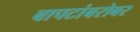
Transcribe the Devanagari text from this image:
बापटांबरोबर